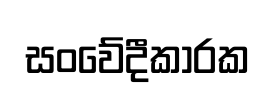
සංවේදීකාරක